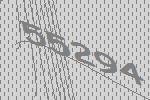
55294